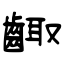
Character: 齱